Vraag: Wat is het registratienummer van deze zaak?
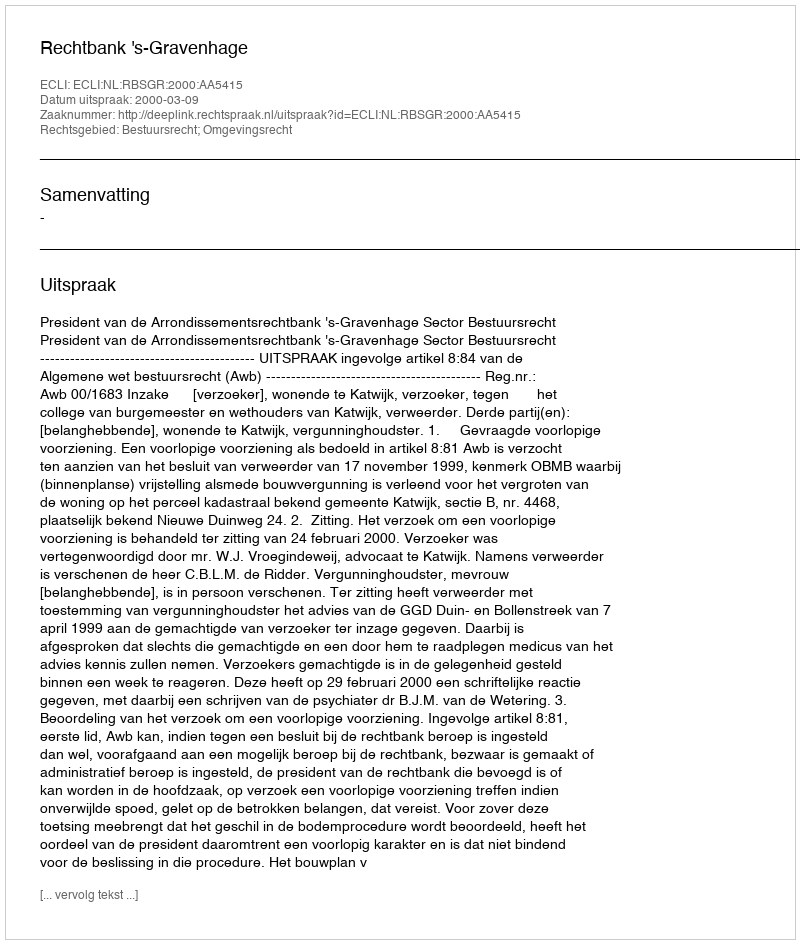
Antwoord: http://deeplink.rechtspraak.nl/uitspraak?id=ECLI:NL:RBSGR:2000:AA5415